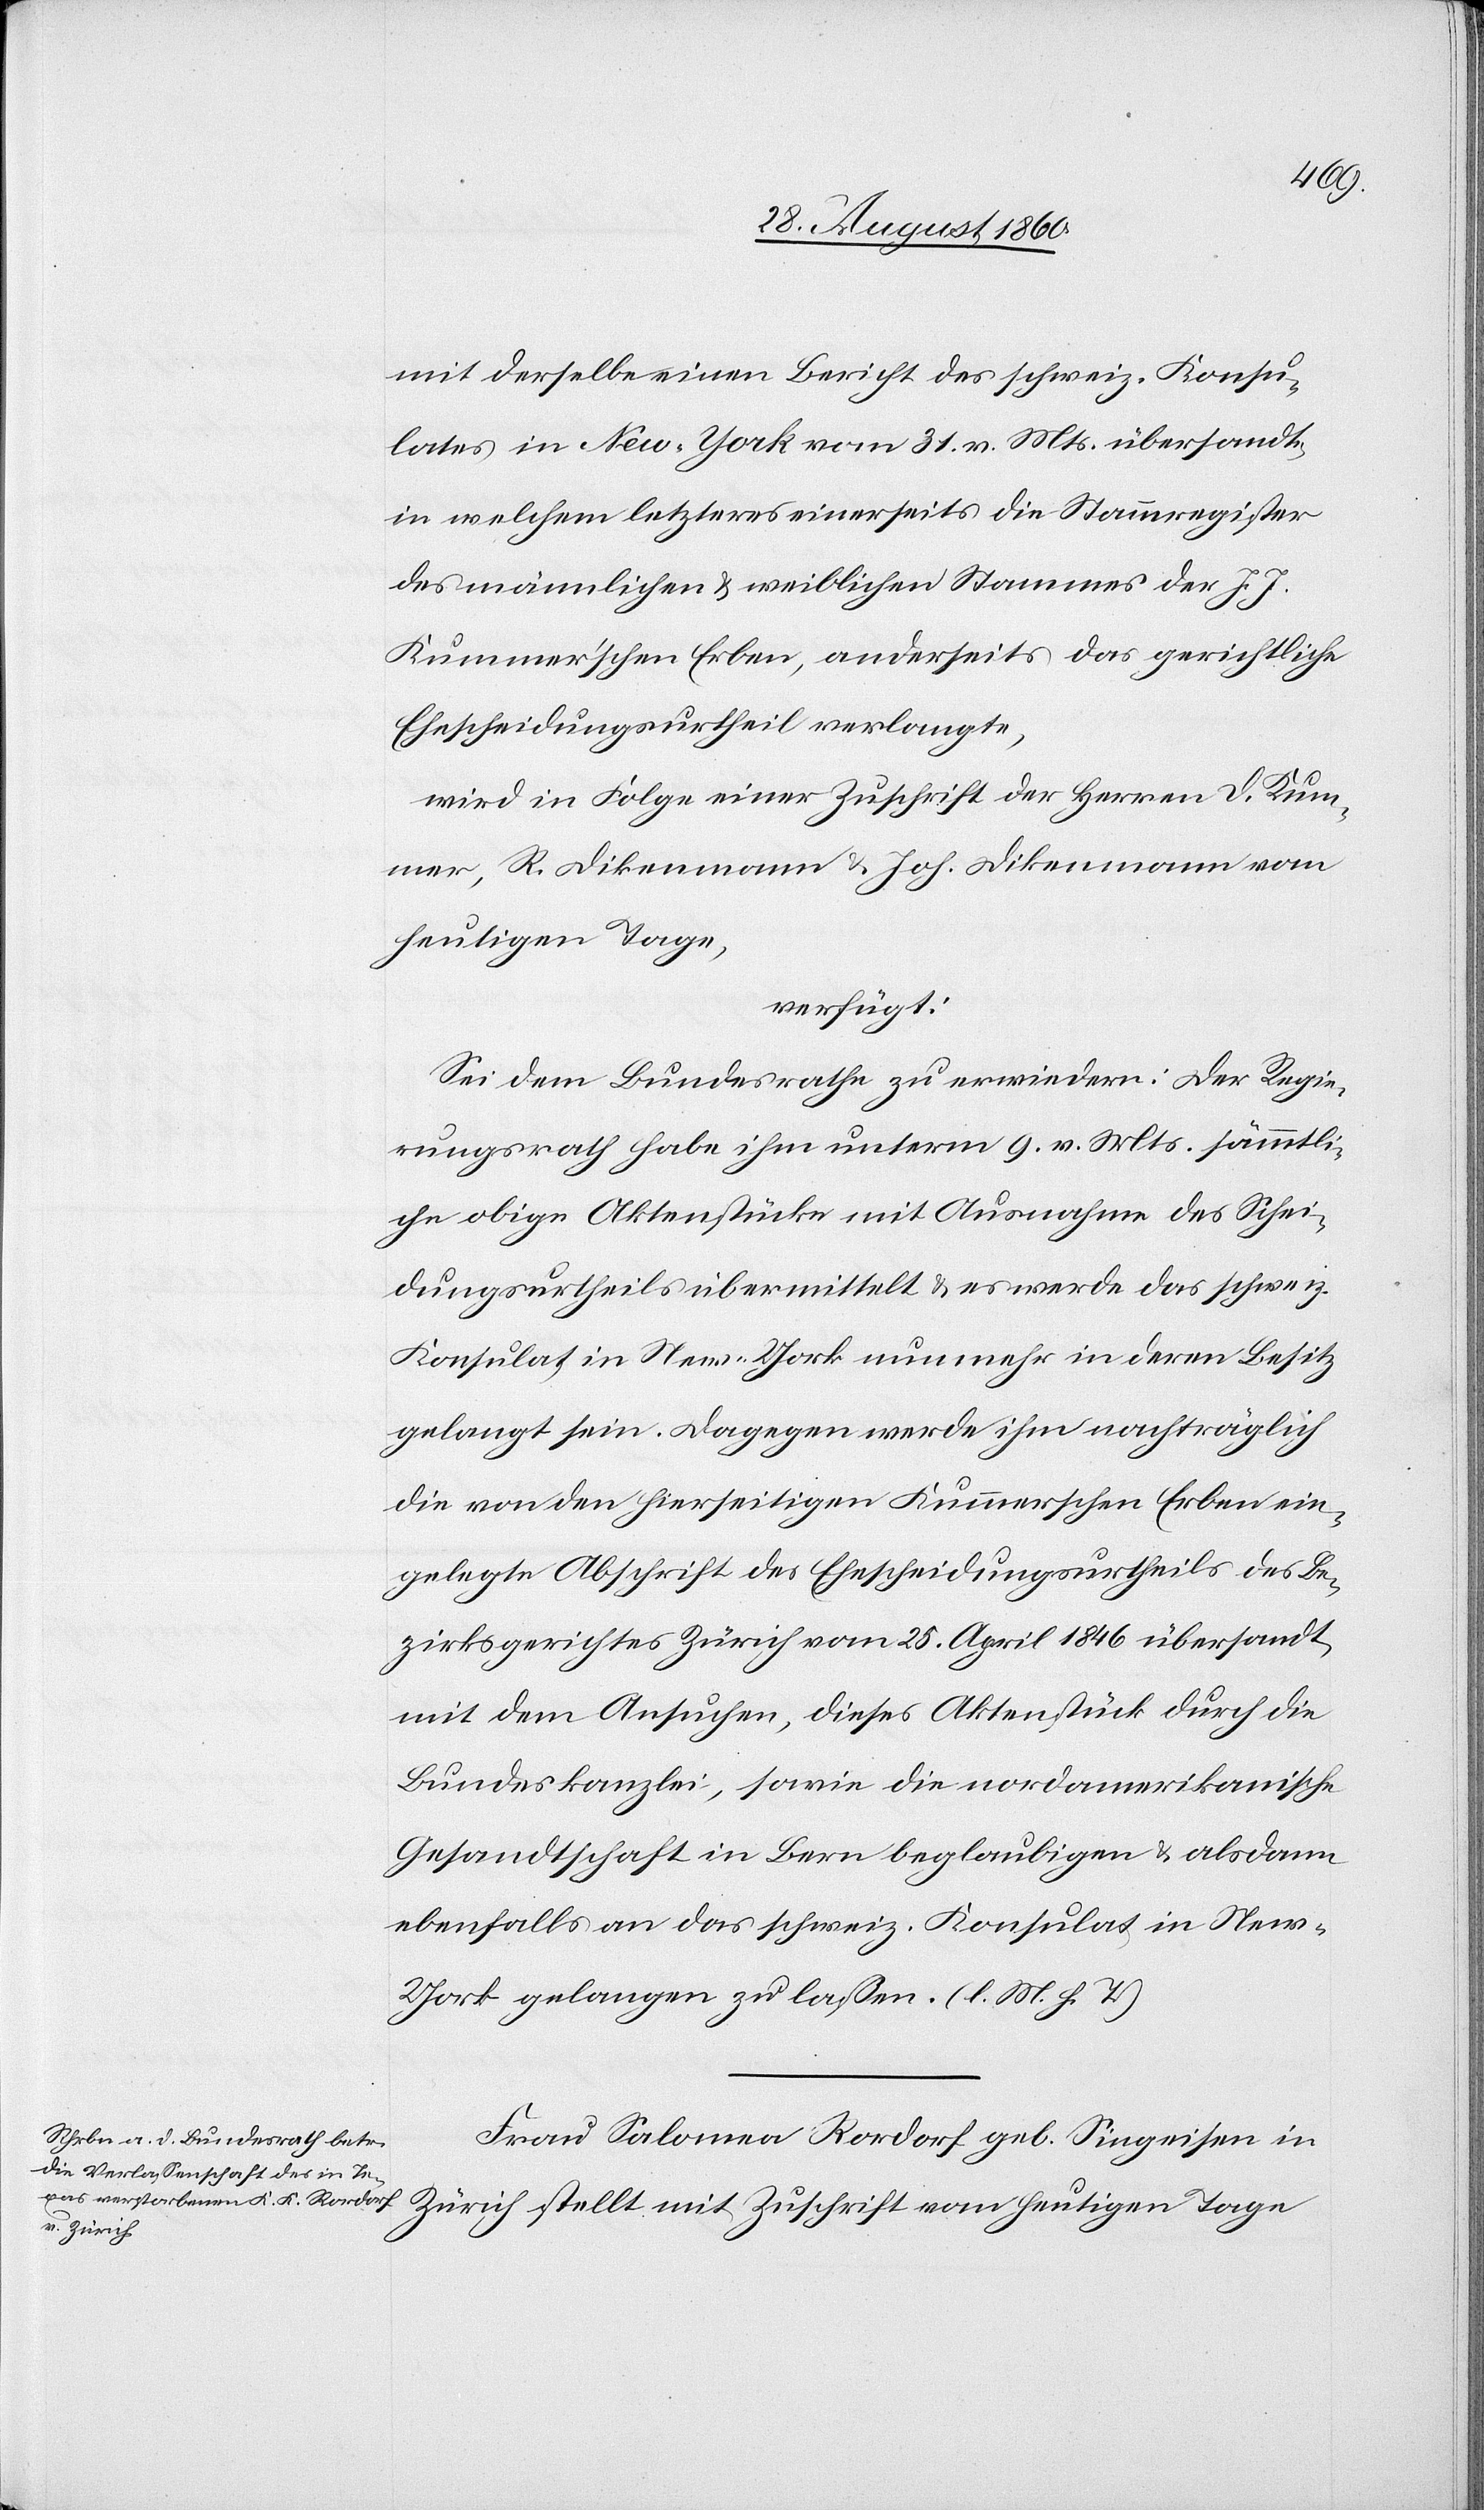
erische
30. August 1860.
mit derselbe einen Bericht des schweiz. Konsu¬
lates in New-York vom 31. v. Mts. übersandte,
in welchem letzterer einerseits die Stammregister
des männlichen u. weiblichen Stammes der J. J.
Kummerschen Erben, anderseits das gerichtliche
Ehescheidungsurtheil verlangte,
wird in Folge einer Zuschrift der Herren D. Kum¬
mer, R. Dickenmann u. Joh. Dieckenmann vom
heutigen Tage
verfügt:
Sei dem Bundesrathe zu erwiedern: der Regie¬
rungsrath habe ihm unterm 9. v. Mts. sämmtli¬
che obige Aktenstücke mit Ausnahme des Schei¬
dungsurtheils übermittelt u. es werde das schweiz¬
Konsulat in New-York nunmehr in deren Besitz
gelangt sein. Dagegen werde ihm nachträglich
die von den hierseitigen Kummerschen Erben ein¬
gelegte Abschrift des Ehescheidungsurtheils des Be¬
zirksgerichtes Zürich vom 25. April 1846 übersandt,
mit dem ansuchen, dieses Aktenstück durch die
Bundeskanzlei, sowie die nordamerikanische
Gesandtschaft in Bern beglaubigen u. alsdann
ebenfalls an das schweiz. Konsulat in New-Y¬
ork gelangen zu lassen. (l. M. h. T.).
Frau Salomea Rordorf geb. Singeisen in
Zürich stellt mit Zuschrift vom heutigen Tage